Report on vaccination in Madras 1922-1929 - 1922-1929
Year: 1922
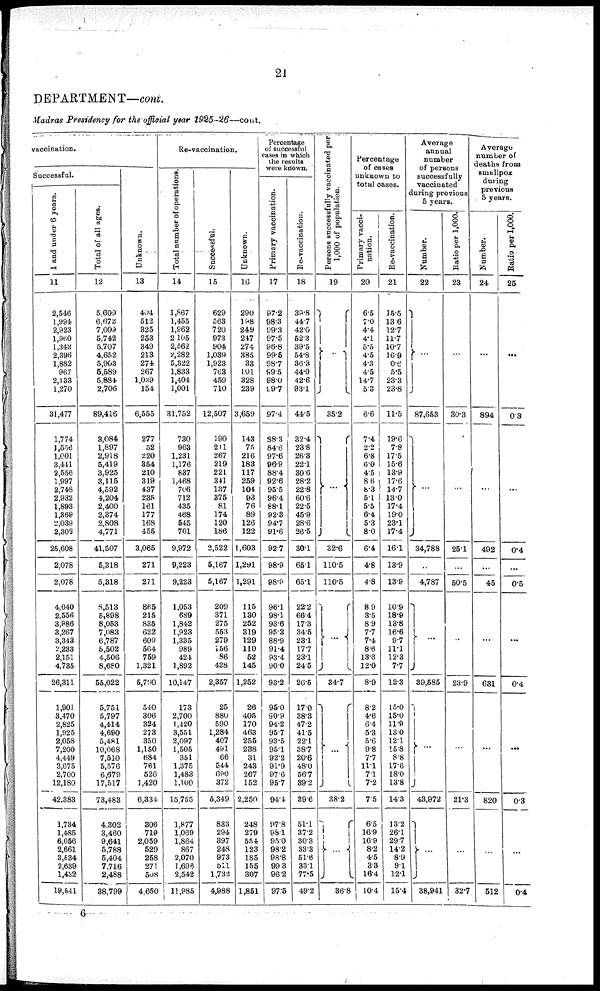
21
DEPARTMENT—cont.
Madras Presidency for the official year 1925-26—cont.
vaccination.
Successful.
1 and under 6 years.
11
2,546
1,994
2,923
1,960
1,342
2,396
1,882
967
2,133
1,270
31,477
1,774
1,556
1,001
3,441
2,556
1,997
2,748
2,932
1,893
1,369
2,039
2,302
26,608
2,078
2,078
4,040
2,556
3,986
3,267
3,343
2,233
2,151
4,735
26,311
1,901
3,470
2,825
1,925
2,058
7,200
4,449
3,675
2,700
12,180
42,383
1,734
1,485
6,056
2,661
3,534
2,639
1,432
19,541
Total of all ages.
12
5,609
6,672
7,009
5,742
5,707
4,652
5,903
5,589
5,884
2,706
89,416
3,084
1,897
2,918
5,419
3,925
3,115
4,592
4,204
2,400
2,374
2,808
4,771
41,507
5,318
5,318
8,513
5,898
8,053
7,083
6,787
5,502
4,506
8,680
55,022
5,751
5,797
4,414
4,690
5,48l
10,068
7,510
5,576
6,679
17,517
73,483
4,302
3,460
9,641
5,788
5,404
7,716
2,488
38,799
Unknown.
13
404
512
325
253
349
213
274
267
1,039
154
6,555
277
52
220
354
210
319
437
235
161
177
168
455
3,065
271
271
865
215
835
622
609
564
759
1,321
5,790
540
306
324
273
350
1,150
684
761
526
1,420
6,334
306
719
2,059
529
258
271
508
4,650
Re-vaccination.
Total number of operations.
14
1,867
1,455
1,962
2,105
2,562
2,282
5,322
1,833
1,404
1,001
31,752
730
963
1,231
1,176
837
1,468
706
712
435
468
545
701
9,972
9,223
9,223
1,053
689
1,842
1,923
1,335
989
424
1,892
10,147
173
2,700
1,420
3,551
2,097
1,505
351
1,375
1,483
1,100
15,755
1,877
1,069
1,864
867
2,070
1,696
2,542
11,985
Successful.
15
629
563
720
973
904
1,039
1,923
763
459
710
12,507
190
211
267
219
221
341
137
375
81
174
120
186
2,522
5,167
5,167
209
371
275
553
279
156
86
428
2,357
25
880
590
1,284
407
491
66
544
690
372
5,349
833
294
397
248
973
511
1,732
4,988
Unknown.
16
290
198
249
247
274
385
33
101
328
239
3,659
143
75
216
183
117
259
104
93
76
89
126
122
1,603
l,29l
1,291
115
130
252
319
129
110
52
145
1,252
26
405
170
463
255
238
31
243
267
152
2,250
248
279
554
123
185
155
307
1,851
Percentage
of successful
cases in which
the results
were known.
Primary vaccination.
17
97.2
98.3
99.3
97.5
96.8
99.5
98.7
99·5
98.0
99.7
97.4
88·3
84.6
97.6
96.9
88.4
92.6
95.5
96.4
88.1
92.3
94.7
91.6
92.7
98.9
98.9
96·l
98.1
93.6
95.3
88.9
91.4
93.4
90.0
93.2
95.0
90.9
94.2
95.7
93.5
95.1
92.2
91.9
97.6
95.7
94.4
97.8
98.1
95.0
98.2
98.8
99.3
96.2
97.5
Re-vaccination.
18
39.8
44.7
42.0
52.3
39.5
54.8
36.3
44.0
42.6
93.1
44.5
32.4
23.8
26.3
22.1
30.6
28.2
22.8
60.6
22.5
45.9
28.6
26·5
30.1
65.1
65.1
22.2
66.4
17.3
34.5
23.1
17.7
23.1
24.5
26·5
17.0
38.3
47.2
41.5
22.1
38.7
20.6
48.0
56.7
39.2
39.6
51.1
37.2
30.3
33.3
51.6
33.1
77.5
49.2
Persons successfully vaccinated per
1,000 of population.
19
...
35.2
...
32.6
110.5
110.5
...
34.7
...
38.2
...
36.8
Percentage
of cases
unknown to
total cases.
Primary vacci-
nation.
20
6.5
7.0
4.4
4.1
5.5
4.5
4.3
4.5
14.7
5.3
6.6
7.4
2.2
6.8
6.0
4.5
8.6
8.3
5.1
5.5
6.4
5.3
8.0
6.4
4.8
4.8
8.9
8.5
8.9
7.7
7.4
8.6
13.6
12.0
8.9
8.2
4·6
6.4
5.3
5.6
9.8
7.7
11.1
7.1
7.2
7.5
6.5
16.9
16.9
8.2
45
3.8
16.4
10.4
Re-vaccination.
21
l5.5
13.6
12.7
11.7
10.7
16.9
0·6 5·5
23.3
23.8
11.5
19.6
7.8
17.5
15.6
13.9
17.6
14.7
13.0
17.4
19.0
23.1
17.4
16.1
13.9
13.9
10.9
18.9
13.8
l6·6
9.7
11.1
12.3
7.7
12.3
15.0
15·0
11.9
13.0
12.1
15.8
8.8
17.6
18.0
13.8
14.3
13.2
26.1
29.7
14.2
8.9
9.1
12·1
15.4
Average
annual
number
of persons
successfully
vaccinated
during previous
5 years.
Number.
22
...
87,653
...
34,788
..
4,787
...
39,585
...
43,972
...
38,941
Ratio per 1,000.
23
...
30.3
...
25.1
...
50.5
...
23.9
...
21·3
...
32.7
Average
number of
deaths from
smallpox
during
previous
5 years.
Number.
24
...
894
...
492
...
45
...
631
...
820
...
512
Ratio per 1,000.
25
...
0.3
...
0.4
...
0.5
...
0.4
...
0.3
...
0.4
6